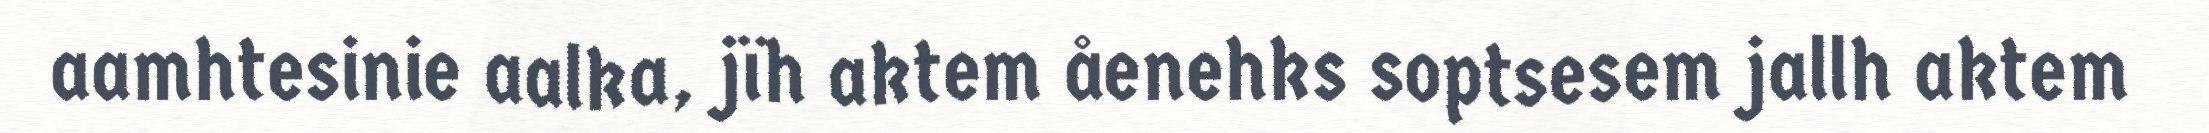
aamhtesinie aalka, jïh aktem åenehks soptsesem jallh aktem